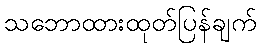
သဘောထားထုတ်ပြန်ချက်